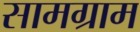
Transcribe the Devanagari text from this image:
सामग्राम